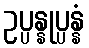
ဥပ္ပန္နုပ္ပန္နံ